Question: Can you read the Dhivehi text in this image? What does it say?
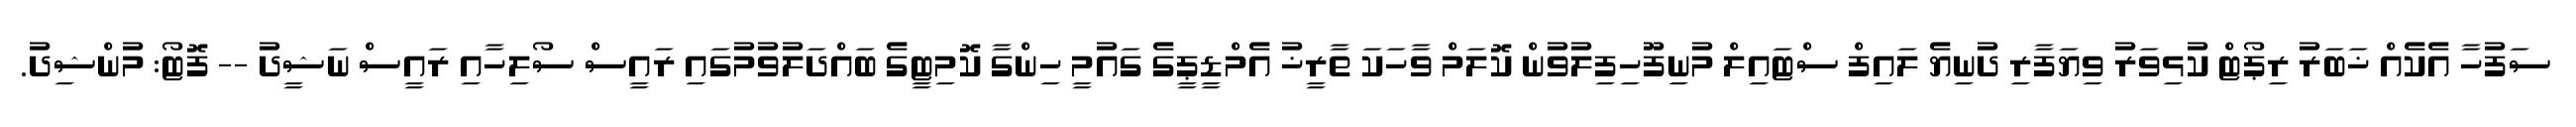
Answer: ސަފުހާ އެކެއް ޚަބަރު ރިޕޯޓް ކުޅިވަރު ވިޔަފާރި ދުނިޔެ ލައިފް ސްޓައިލް މުނިފޫހިފިލުވުން ކޮލަމް ވާހަކަ ތާރީޚު އެމްޑީޕީގެ ގައުމީ ހިންގާ ކޮމިޓީގެ ބައްދަލުވުމުގައި ރައީސް ސޯލިހާއި ރައީސް ނަޝީދު -- ފޮޓޯ: މުންޝިދު.